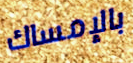
بالإمساك